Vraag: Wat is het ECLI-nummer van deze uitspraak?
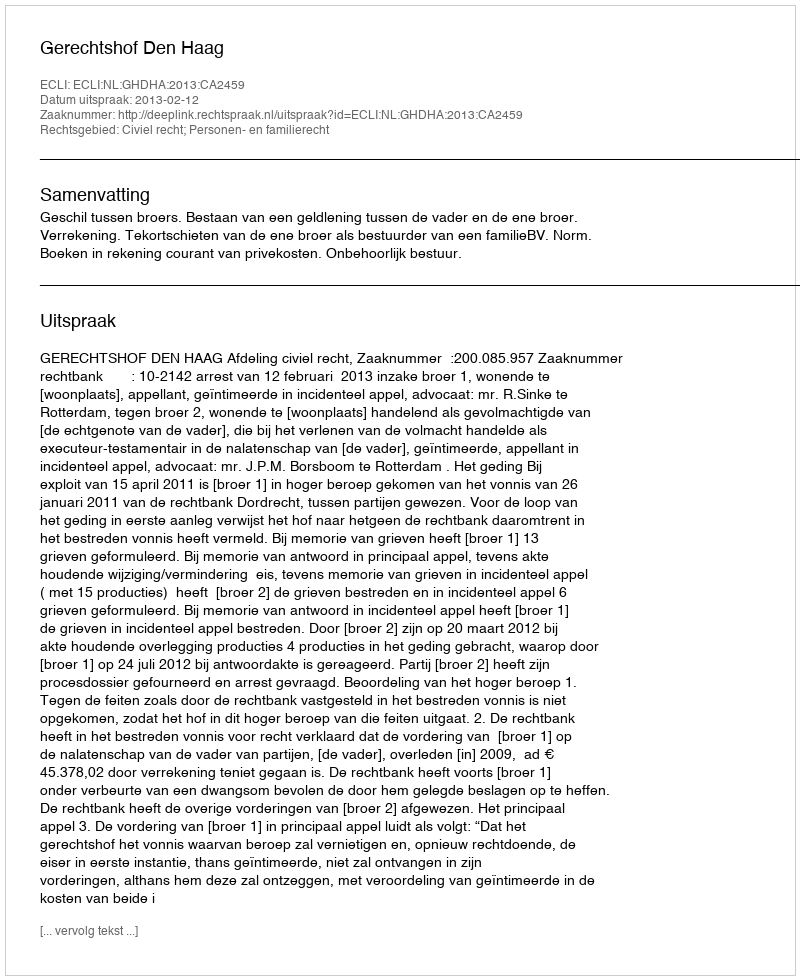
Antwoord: ECLI:NL:GHDHA:2013:CA2459